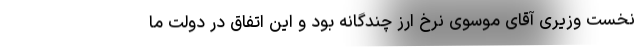
نخست وزیری آقای موسوی نرخ ارز چندگانه بود و این اتفاق در دولت ما